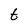
Character: t